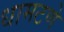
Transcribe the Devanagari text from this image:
धामटणे